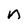
Character: n